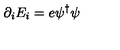
\partial _ { i } E _ { i } = e \psi ^ { \dagger } \psi